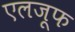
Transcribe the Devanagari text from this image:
एलजूफ